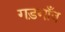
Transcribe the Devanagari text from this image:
गड़गाँव